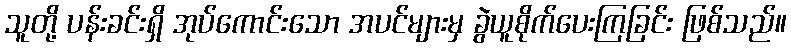
သူတို့ ပန်းခင်းရှိ အုပ်ကောင်းသော အပင်များမှ ခွဲယူစိုက်ပေးကြခြင်း ဖြစ်သည်။